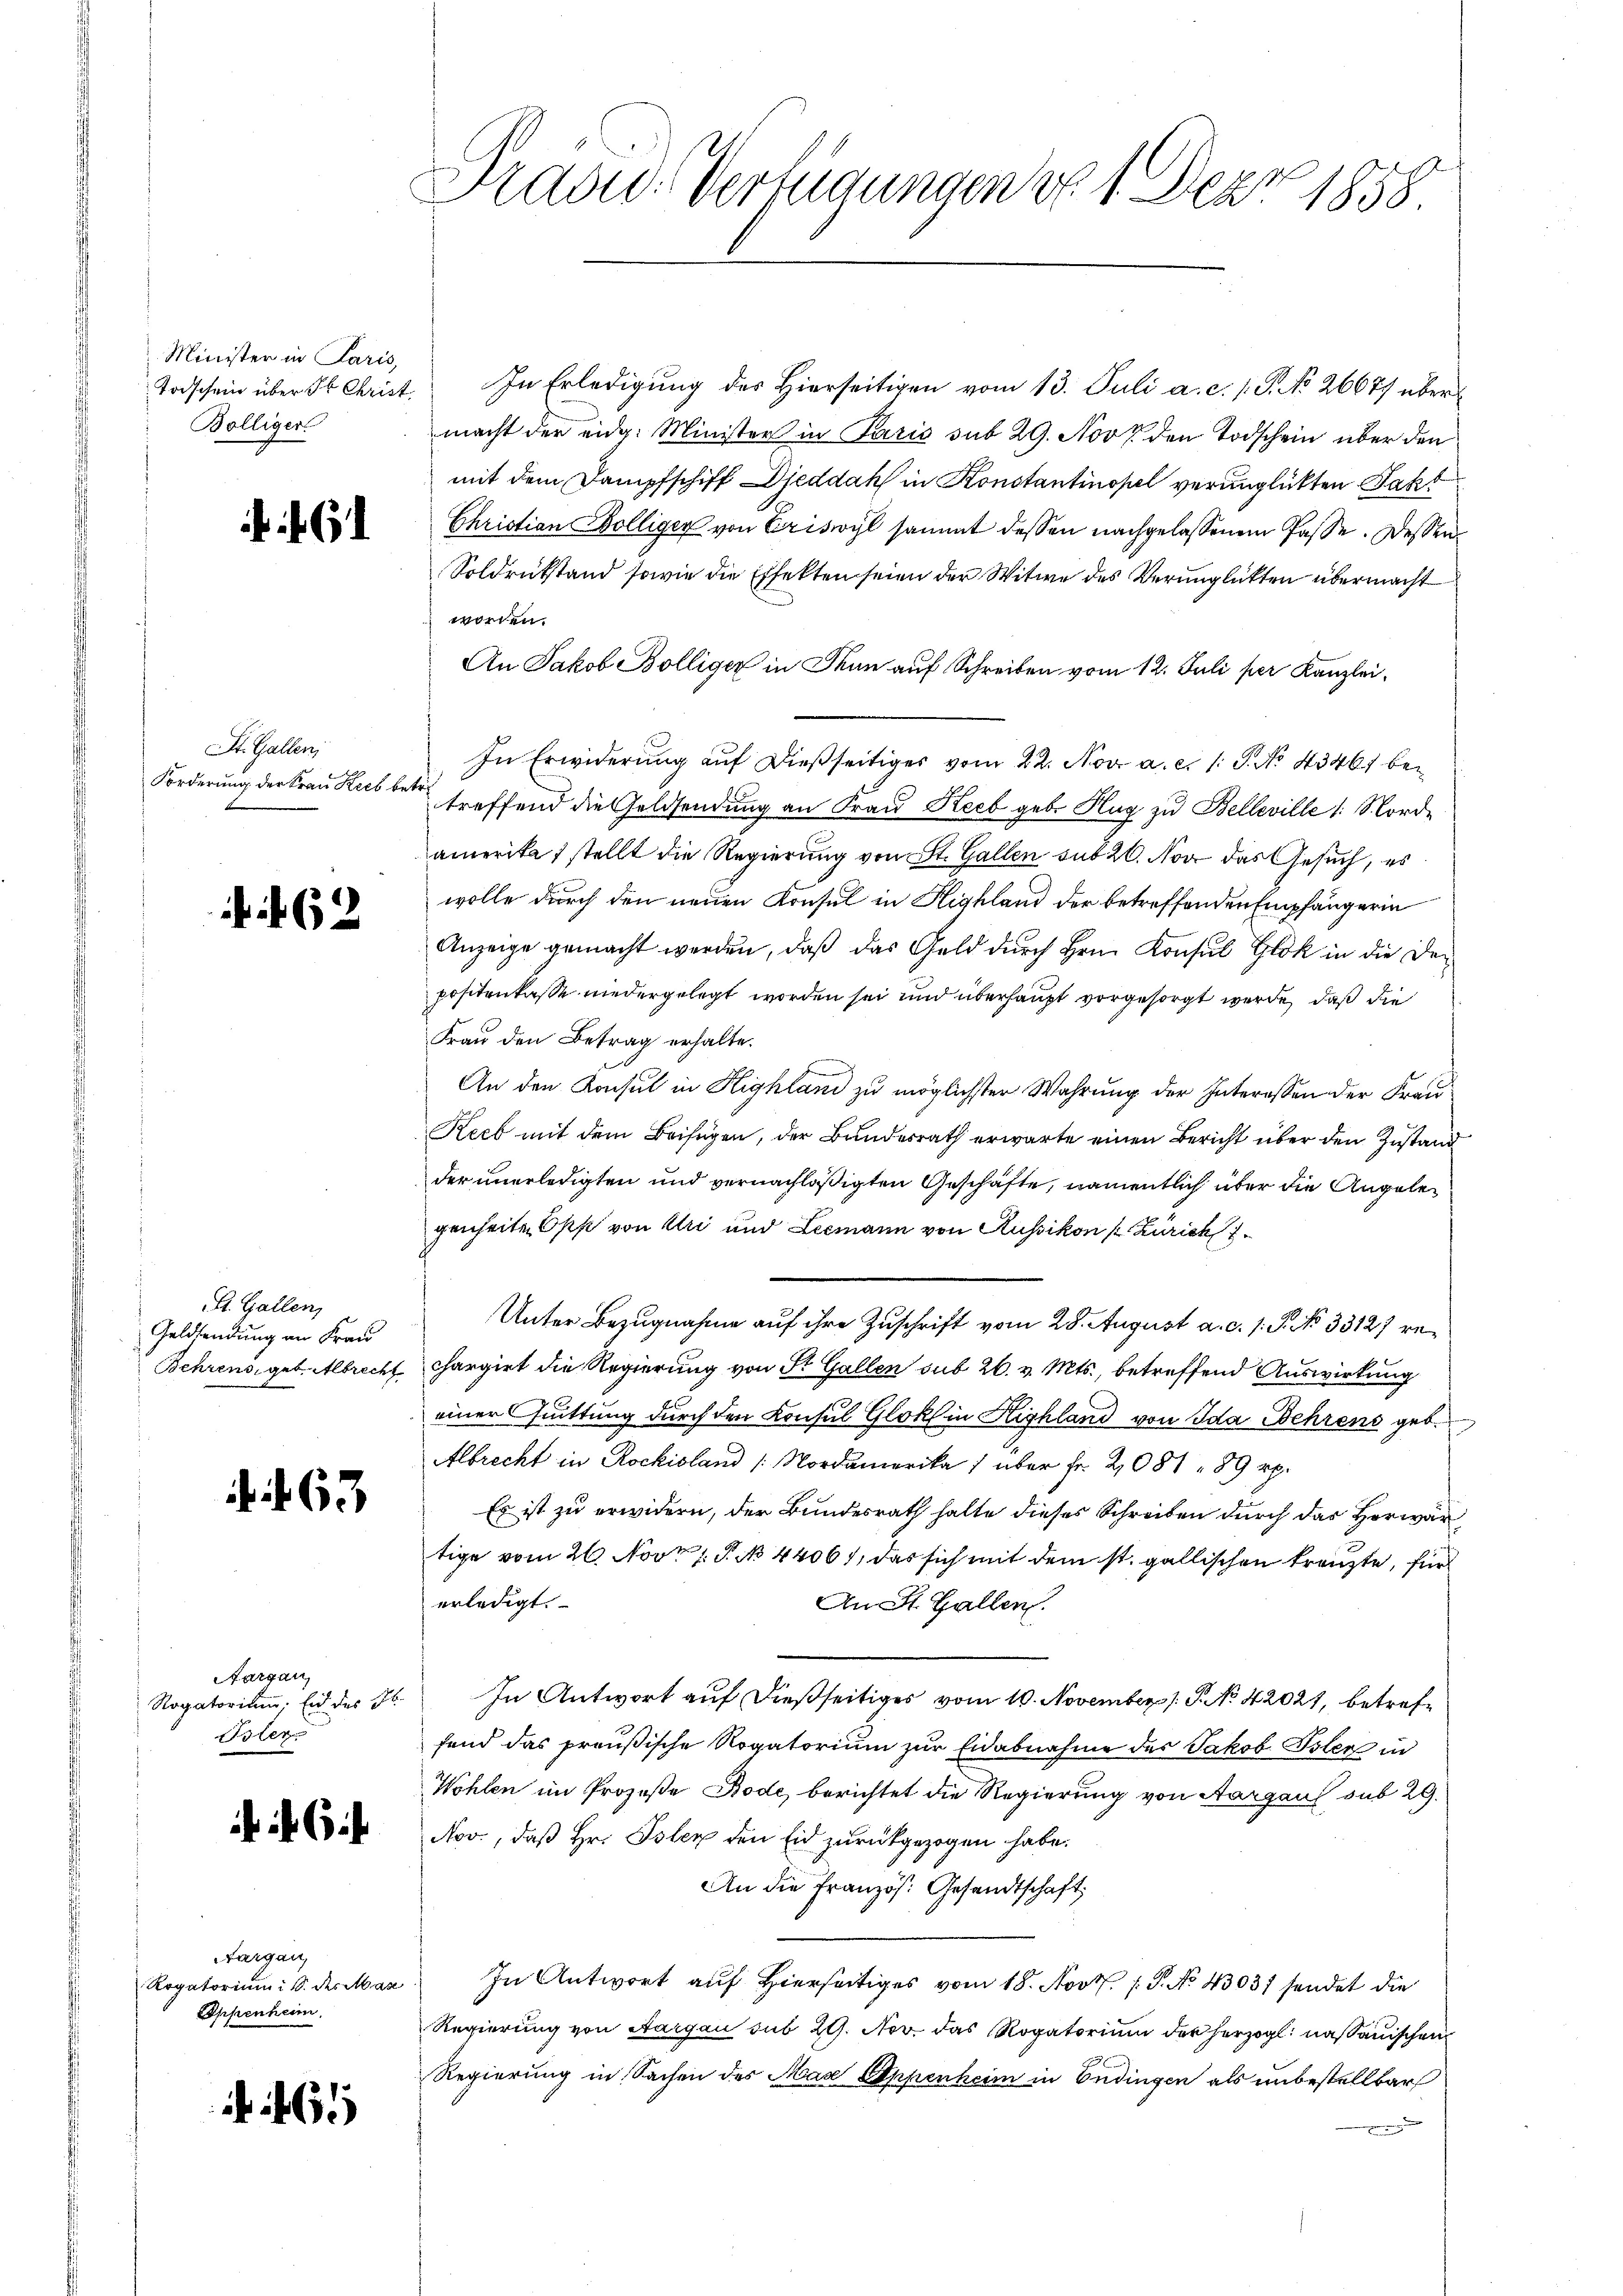
Minister in Paris,
Bölliger

. 62

i

. 6

St. Gallen;
Forderung der Frau Heib betre

St. Gallen,
Geldsendung an Frau
Behrens, geb. Albrecht.

63

Aargau,
Oster

f 6

Aargau,
Appenheim.

1

Prad: Verfügungen v. 1. Dez. 1858.

Todschein über ds Christ. In Erledigung des Hierseitigen vom 13. Juli a. c. s. S. No 26677 über
macht der eidg. Minister in Paris sub 29. Nov. den Todschein über den
mit dem Dampfschiff Djeddaks in Konstantinopel verunglückten Fakt
Christian Bölliger von Criswyl sammt dessen nachgelassenen Pässe. Dessen
Soldrückstand sowie die Effekten seien der Witwe des Verunglückten übermacht
worden.
An Jakob Bölliger in denn auf Schreiben vom 12. Juli per Kanzlei,
In Erwiderung auf dießseitiges vom 22. Nov. a. c. 1 S. No 4346) betreffend die Geldsendung an Frau Reeb geb. Hug zu Belleville 1 S. Corde
amerika 1 stellt die Regierung von St. Gallen sub 20. Nov das Gesuch, es
wolle durch den neuen Konsul in Highland der betreffenden Empfängerin
Anzeige gemacht werden, daß das Geld durch Hrn. Konsul Glock in die Depositenkasse niedergelegt worden sei und überhaupt vorgesorgt werde, daß die
Frau den Betrag erhalte.
An den Konsul in Highland zu möglichster Wahrung der Interessen der Frau¬
Reeb mit dem Beifügen, der Bundesrath erwarte einen Bericht über den Zustand
der unerledigten und vernachläßigten Geschäfte, namentlich über die Angelegenheiten Opp von Uri und Leemann von Russikon s. Zürich
Unter Bezugnahme auf ihre Zuschrift vom 28. August a. c. 1. P. No 3312) rechargirt die Regierung von St. Gallen sub 26. v. Mts., betreffend Auswirkung
einer Quittung durch den Konsul Gloke in Highland von Ida Wehrens geb.
Albrecht in Rockioland /: Nordamerika 1 über Fr. 2081 89 Rp.
Es ist zu erwidern, der Bundesrath halte dieses Schreiben durch das Herwärtige vom 26. Nov. 1. P. No 44061, das sich mit dem st. gallischen Franzte, für
erledigt.
An St. Gallen.
Rogatorium, Eid des F. In Antwort auf dießseitiges vom 10. November 1. P. No 42021, betreffend das preußische Rogatorium zur Eidabnahme des Jakob Isler in
Wohlen im Prozeße Bode, berichtet die Regierung von Aargaus sub 29.
Nov, daß Hr. Isler den Eid zurückgezogen habe.
An die Französ. Gesandtschaft,
Rogatoriŭm u. des Mar. In Antwort aŭf hierseitiges vom 18. Nov. 1. P. No 43037 sendet die
Regierung von Aargau sub 29. Nov. das Rogatorium der herzogl. nassauischen
Regierung in Sachen des Max Appenheim in Endingen als unbestellbar